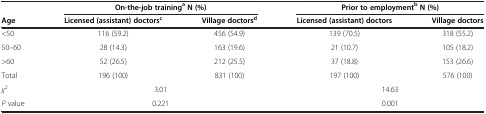
|  | <COLSPAN=2> On-the-job traininga N (%) | <COLSPAN=2> Prior to employmentb N (%) |
 | Age | Licensed (assistant) doctorsc | Village doctorsd | Licensed (assistant) doctors | Village doctors |
 | --- | --- | --- | --- | --- |
 | <50 | 116 (59.2) | 456 (54.9) | 139 (70.5) | 318 (55.2) |
 | 50–60 | 28 (14.3) | 163 (19.6) | 21 (10.7) | 105 (18.2) |
 | >60 | 52 (26.5) | 212 (25.5) | 37 (18.8) | 153 (26.6) |
 | Total | 196 (100) | 831 (100) | 197 (100) | 576 (100) |
 | χ2 | <COLSPAN=2> 3.01 | <COLSPAN=2> 14.63 |
 | P value | <COLSPAN=2> 0.221 | <COLSPAN=2> 0.001 |